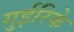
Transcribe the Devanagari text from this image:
गुईरिके